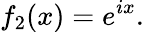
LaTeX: f_{2}(x)=e^{ix}.